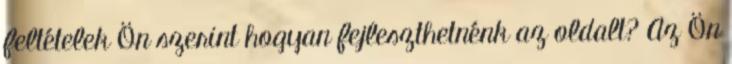
feltételek Ön szerint hogyan fejleszthetnénk az oldalt? Az Ön